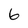
Character: 6